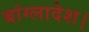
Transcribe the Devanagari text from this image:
बांग्‍लादेश।